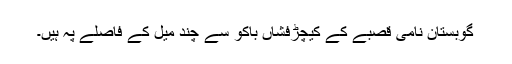
گوبستان نامی قصبے کے کیچڑفشاں باکو سے چند میل کے فاصلے پہ ہیں۔